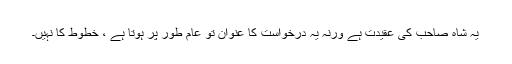
یہ شاہ صاحب کی عقیدت ہے ورنہ یہ درخواست کا عنوان تو عام طور پر ہوتا ہے ، خطوط کا نہیں۔